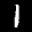
Label: 1